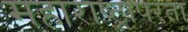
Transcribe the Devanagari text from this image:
महाराष्ट्रापरता